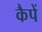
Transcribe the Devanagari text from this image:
कैपें